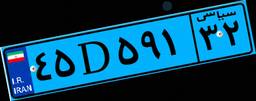
۴۵D۵۹۱۳۲